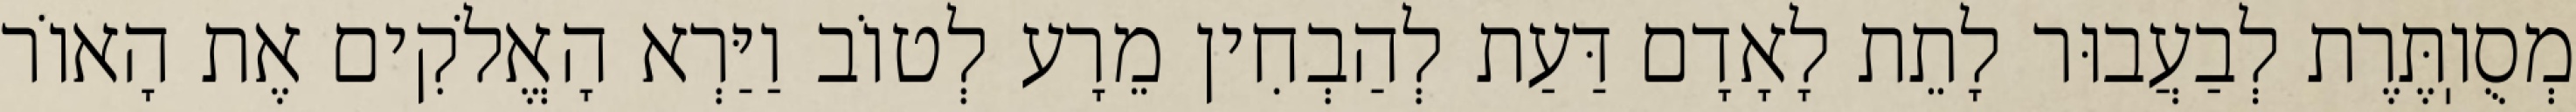
מְסֻוֽתֶּרֶת לְבַעֲבוּר לָתֵת לָאָדָם דַּעַת לְהַבְחִין מֵרָע לְטוֹב וַיַּרְא הָאֱלֹקִים אֶת הָאוֹר